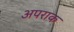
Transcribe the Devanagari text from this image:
अपराक